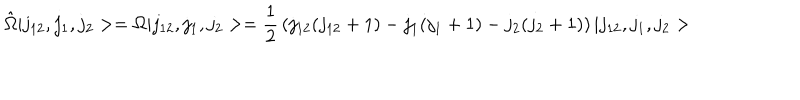
LaTeX: \hat { \Omega } \vert j _ { 1 2 } , j _ { 1 } , j _ { 2 } > = \Omega \vert j _ { 1 2 } , j _ { 1 } , j _ { 2 } > = { \frac { 1 } { 2 } } \left( j _ { 1 2 } ( j _ { 1 2 } + 1 ) - j _ { 1 } ( j _ { 1 } + 1 ) - j _ { 2 } ( j _ { 2 } + 1 ) \right) \vert j _ { 1 2 } , j _ { 1 } , j _ { 2 } >